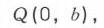
\(Q(0，b)\)，